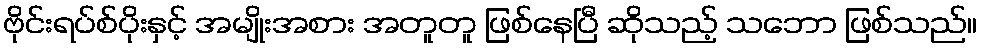
ဗိုင်းရပ်စ်ပိုးနှင့် အမျိုးအစား အတူတူ ဖြစ်နေပြီ ဆိုသည့် သဘော ဖြစ်သည်။